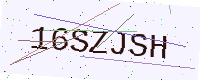
Text: 16SZJSH